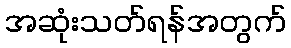
အဆုံးသတ်ရန်အတွက်